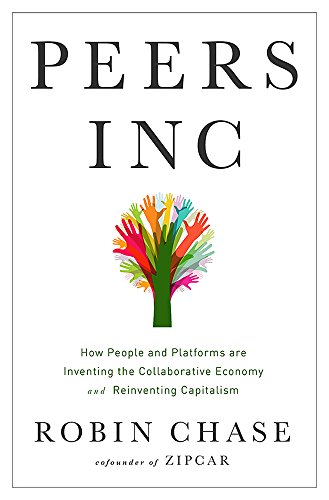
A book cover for Peers Inc: How People and Platforms Are Inventing the Collaborative Economy and Reinventing Capitalism; Robin Chase; Business & Money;